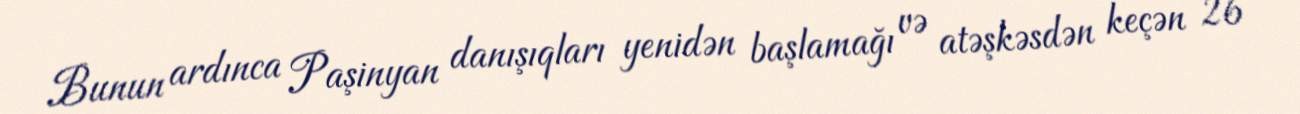
Bunun ardınca Paşinyan danışıqları yenidən başlamağı və atəşkəsdən keçən 26